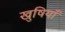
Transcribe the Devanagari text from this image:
खुषियाँ